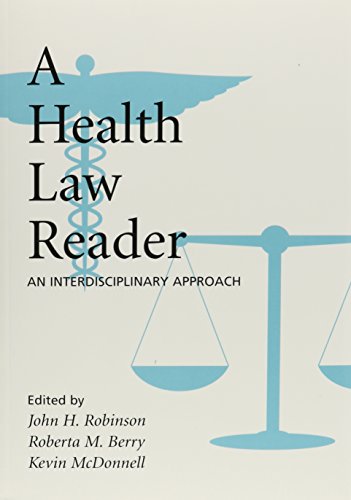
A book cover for A Health Law Reader: An Interdisciplinary Approach; Roberta Berry; Law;